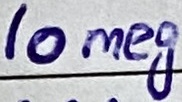
Text: 10meg